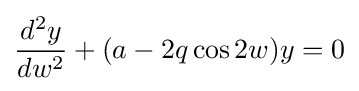
{\frac {d^{2}y}{dw^{2}}}+(a-2q\cos 2w)y=0